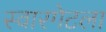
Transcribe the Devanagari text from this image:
स्वारगेटला